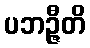
ပဘဉ္ဇီတိ